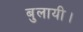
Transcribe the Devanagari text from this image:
बुलायी।